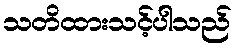
သတိထားသင့်ပါသည်